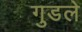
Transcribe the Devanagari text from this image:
गुडले